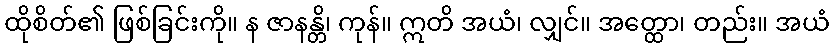
ထိုစိတ်၏ ဖြစ်ခြင်းကို။ န ဇာနန္တိ၊ ကုန်။ ဣတိ အယံ၊ လျှင်။ အတ္ထော၊ တည်း။ အယံ